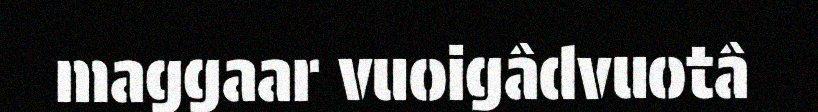
maggaar vuoigâdvuotâ